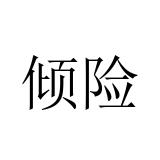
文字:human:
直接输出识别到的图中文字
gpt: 倾险